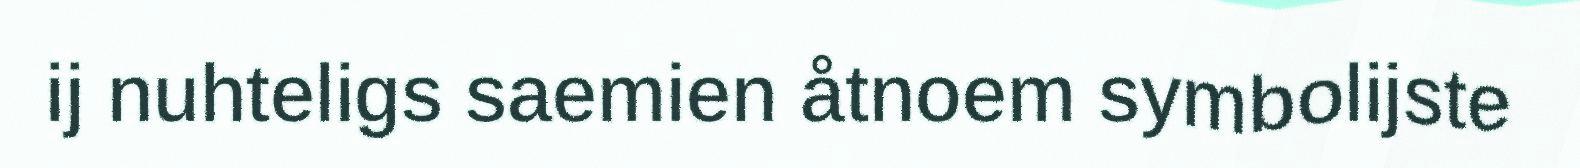
ij nuhteligs saemien åtnoem symbolijste